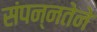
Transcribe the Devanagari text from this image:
संपन्नतेने